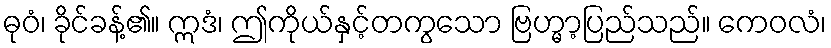
ဓုဝံ၊ ခိုင်ခန့်၏။ ဣဒံ၊ ဤကိုယ်နှင့်တကွသော ဗြဟ္မာ့ပြည်သည်။ ကေဝလံ၊